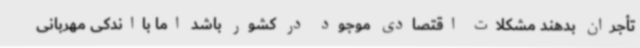
تأجران بدهند مشکلات اقتصادی موجود در کشور باشد اما بااندکی مهربانی